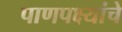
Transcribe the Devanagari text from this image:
पाणपक्ष्यांचे